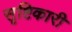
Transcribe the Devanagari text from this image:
सृष्टिकारी